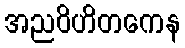
အညဝိဟိတကေန